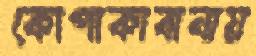
কোপাকাবানায়